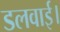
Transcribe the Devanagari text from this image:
डलवाई।